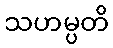
သဟမ္ပတိ